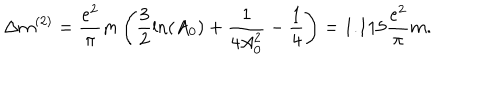
LaTeX: \Delta m ^ { ( 2 ) } = \frac { e ^ { 2 } } \pi m \left( \frac 3 2 \ln ( A _ { 0 } ) + \frac 1 { 4 A _ { 0 } ^ { 2 } } - \frac 1 4 \right) = 1 . 1 1 5 \frac { e ^ { 2 } } \pi m .